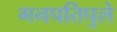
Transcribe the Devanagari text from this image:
गनपतिपुले